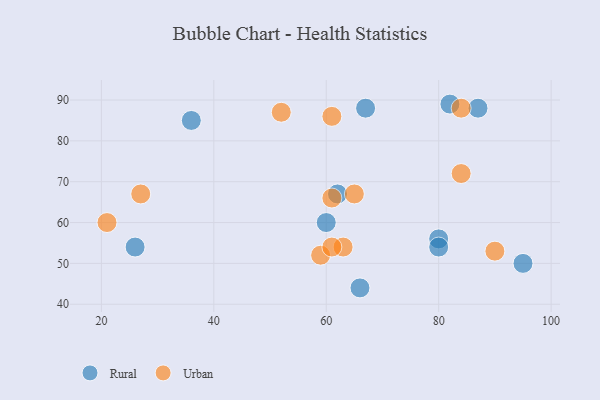
{"axis": {"x": "GDP", "y": "Life Expectancy"}, "legend": ["Rural", "Urban"], "data": [{"x": "87", "y": 88, "type": "Rural"}, {"x": "80", "y": 56, "type": "Rural"}, {"x": "36", "y": 85, "type": "Rural"}, {"x": "60", "y": 60, "type": "Rural"}, {"x": "26", "y": 54, "type": "Rural"}, {"x": "66", "y": 44, "type": "Rural"}, {"x": "80", "y": 54, "type": "Rural"}, {"x": "95", "y": 50, "type": "Rural"}, {"x": "62", "y": 67, "type": "Rural"}, {"x": "67", "y": 88, "type": "Rural"}, {"x": "82", "y": 89, "type": "Rural"}, {"x": "61", "y": 66, "type": "Urban"}, {"x": "27", "y": 67, "type": "Urban"}, {"x": "59", "y": 52, "type": "Urban"}, {"x": "52", "y": 87, "type": "Urban"}, {"x": "84", "y": 72, "type": "Urban"}, {"x": "21", "y": 60, "type": "Urban"}, {"x": "84", "y": 88, "type": "Urban"}, {"x": "65", "y": 67, "type": "Urban"}, {"x": "90", "y": 53, "type": "Urban"}, {"x": "63", "y": 54, "type": "Urban"}, {"x": "61", "y": 54, "type": "Urban"}, {"x": "61", "y": 86, "type": "Urban"}]}